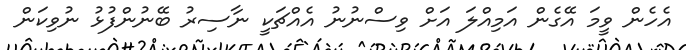
އެހެން ވީމަ އޭގެން އަމިއްލަ އަށް ވިސްނުނު އެއްޗަކީ ނާސިރު ބޭނުންފުޅު ނުވިކަން